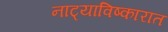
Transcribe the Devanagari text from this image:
नाट्याविष्कारात